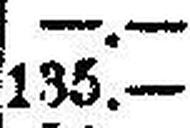
135.—